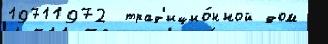
19711972  трад'ицио́нной дом